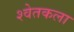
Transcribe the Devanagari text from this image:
श्वेतकला